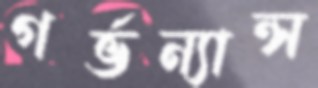
গর্ভন্যান্স